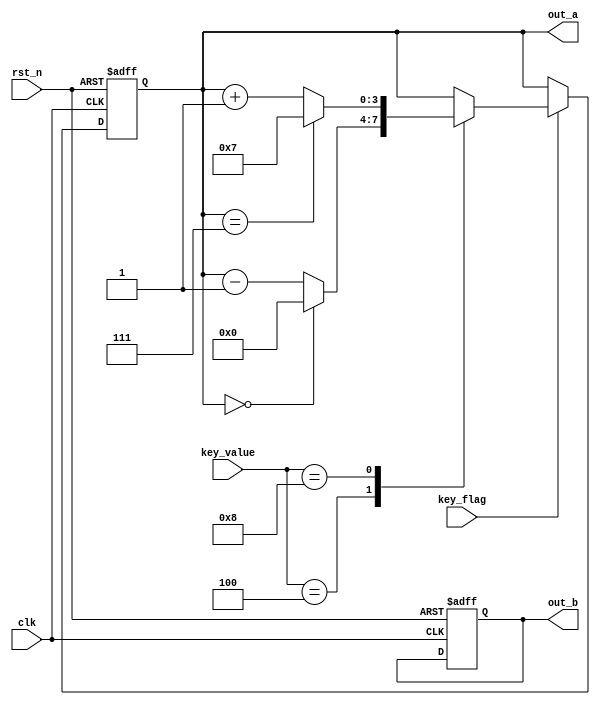
//****************************************Copyright (c)***********************************//                            
//----------------------------------------------------------------------------------------
// File name:          Mode_Choose
// Last modified Date:  2021/6/10 11:28:58
// Last Version:        V1.0
// Descriptions:        sobel
//----------------------------------------------------------------------------------------
// Created date:        2021/6/10 11:28:58
// Version:             V1.0
// Descriptions:        
//
//----------------------------------------------------------------------------------------
//****************************************************************************************//
module Mode_Choose
(
	//global clock
	input				clk,  		//100MHz
	input				rst_n,		//global reset
	
	//user interface
	input				key_flag,		//key down flag
	input		[3:0]	key_value,		//key control data
	
	output	reg	  [3:0]	out_a,	//Sobel Grade output
	output	reg	        out_b	//lcd pwn signal, l:valid
);

//---------------------------------
//Sobel Threshold adjust with key.
always@(posedge clk or negedge rst_n)
begin
	if(!rst_n)
    begin
		out_a<=1'b0;
        out_b<=1'b0;
    end
	else if(key_flag)
		begin
		case(key_value)	//{Sobel_Threshold--, Sobel_Threshold++}
        4'b0100:	out_a <= (out_a == 4'd0)  ? 4'd0  : out_a - 1'b1;
		4'b1000:	out_a <= (out_a == 4'd7) ? 4'd7 : out_a + 1'b1;
        /*4'b0100:	begin
                        out_a	<= 1'b1;
                        out_b<=1'b0;
                    end
		4'b1000:	begin
                        out_a	<= 1'b0;
                        out_b<=1'b1;
                    end
        4'b1100:	begin
                        out_a	<= 1'b0;
                        out_b<=1'b0;
                    end*/
		default:;
		endcase
		end
	/*else
        begin
            out_a <= out_a;
            out_b <= out_b;
        end*/
end

endmodule